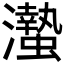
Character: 𤄁